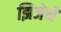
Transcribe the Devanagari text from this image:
झिजेने